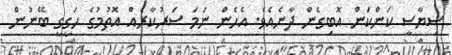
ސިޔާސީ ކަންކަން އޮބިގެން ދާނެއެވެ. އެހެން ނަމަ ސަރުކާރެއް އޮތުމުގެ ހަގީގީ ބޭނުން